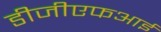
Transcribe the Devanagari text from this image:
डीजीएफआई